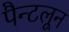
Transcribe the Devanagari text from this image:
पैन्टलून